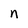
Character: n